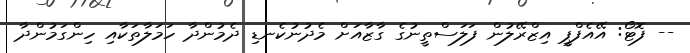
-- ފޮޓޯ: އޭއެފްޕީ އިޒްރޭލުުން ފަލަސްތީނުގެ ގާޒާއަށް މެދުނުކެނޑި ދެމުންދާ ހަމަލާތަކާއި ހިންގަމުންދާ